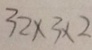
3 2 \times 3 \times 2